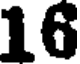
16